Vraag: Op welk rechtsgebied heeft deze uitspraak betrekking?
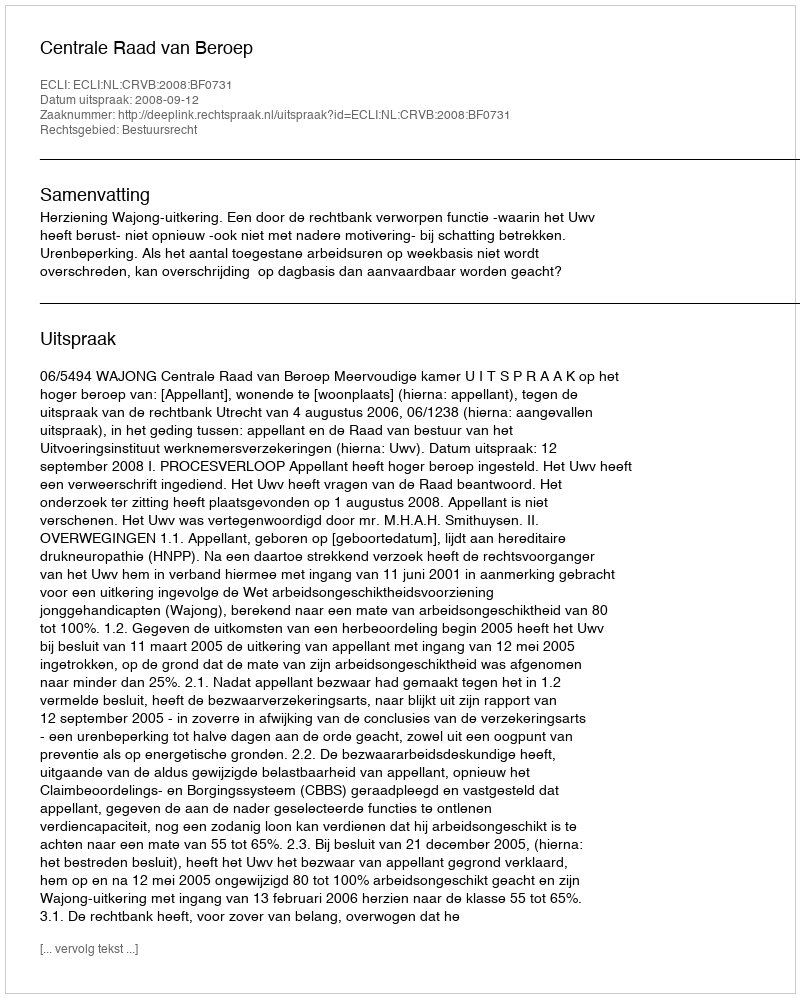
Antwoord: Bestuursrecht